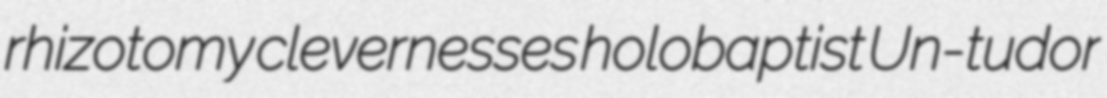
rhizotomy clevernesses holobaptist Un-tudor